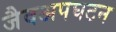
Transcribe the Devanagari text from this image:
जैवअपघटन